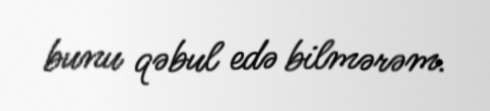
bunu qəbul edə bilmərəm.